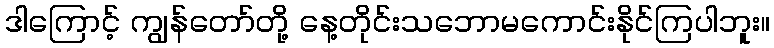
ဒါကြောင့် ကျွန်တော်တို့ နေ့တိုင်းသဘောမကောင်းနိုင်ကြပါဘူး။